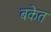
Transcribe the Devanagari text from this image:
बकेत